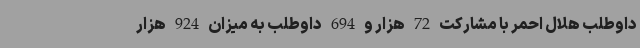
داوطلب هلال احمر با مشارکت 72 هزار و 694 داوطلب به میزان 924 هزار